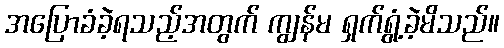
အပြောခံခဲ့ရသည့်အတွက် ကျွန်မ ရှက်ရွံ့ခဲ့မိသည်။